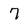
Character: 7